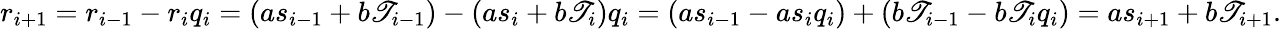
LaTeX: r_{i+1}=r_{i-1}-r_{i}q_{i}=(as_{i-1}+b\mathscr{T}_{i-1})-(as_{i}+b\mathscr{T}_{i})q_{i}=(as_{i-1}-as_{i}q_{i})+(b\mathscr{T}_{i-1}-b\mathscr{T}_{i}q_{i})=as_{i+1}+b\mathscr{T}_{i+1}.